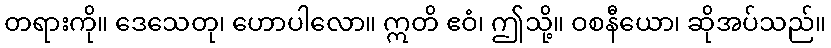
တရားကို။ ဒေသေတု၊ ဟောပါလော။ ဣတိ ဧဝံ၊ ဤသို့။ ဝစနီယော၊ ဆိုအပ်သည်။